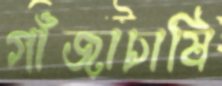
গাঁজাচাষি